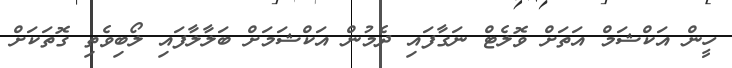
ހީން އަކްޝަމް އަތަށް ވޮލެޓް ނަގާފައި ދެމުން އަކްޝަމަށް ބަލާލާފައި ލޯބިވެތި ގޮތަކަށް